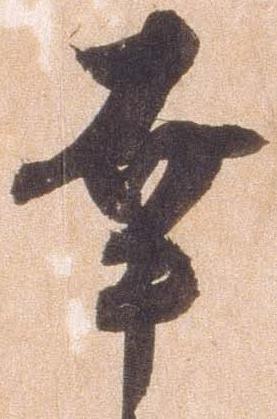
幸